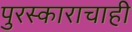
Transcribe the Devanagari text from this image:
पुरस्काराचाही